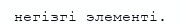
негізгі элементі.